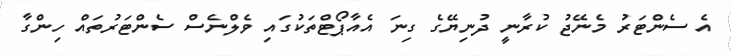
އެ ސެންޓަރު މެނޭޖު ކުރާނީ ދުނިޔޭގެ ގިނަ އެއާޕޯޓްތަކުގައި ވެލްނެސް ސެންޓަރުތައް ހިންގާ